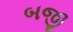
બજી